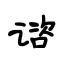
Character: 谘